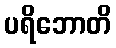
ပရိဘောတိ